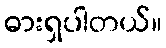
ဓားရှပါတယ်။